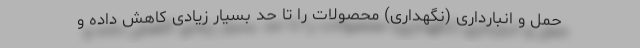
حمل و انبارداری (نگهداری) محصولات را تا حد بسیار زیادی کاهش داده و